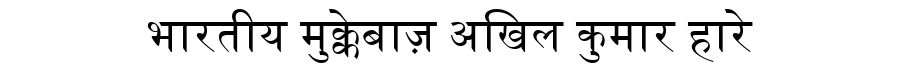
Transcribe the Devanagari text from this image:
भारतीय मुक्केबाज़ अखिल कुमार हारे